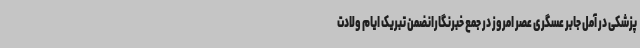
پزشکی در آمل جابر عسگری عصر امروز در جمع خبرنگارانضمن تبریک ایام ولادت